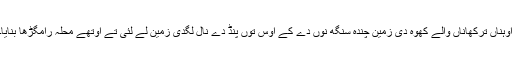
اوہناں ترکھاناں والے کُھوہ دی زمین چندہ سنگھ نوں دے کے اوس توں پنڈ دے نال لگدی زمین لے لئی تے اوتھے مُحلہ رامگڑھا بنایا۔